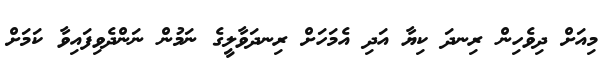
މިއަށް ދިވެހިން ރިނދަ ކިޔާ އަދި އެމަހަށް ރިނދަވާލީގެ ނަމުން ނަންދެވިފައިވާ ކަމަށް